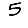
Digit: 5